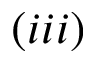
( i i i )